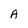
Character: A